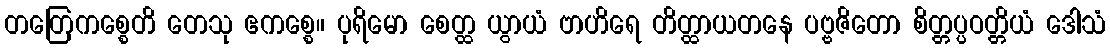
တတြေကစ္စေတိ တေသု ဧကစ္စေ။ ပုရိမော စေတ္ထ ယွာယံ ဗာဟိရေ တိတ္ထာယတနေ ပဗ္ဗဇိတော စိတ္တပ္ပဝတ္တိယံ ဒေါသံ